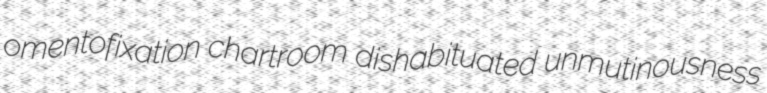
omentofixation chartroom dishabituated unmutinousness